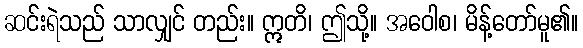
ဆင်းရဲသည် သာလျှင် တည်း။ ဣတိ၊ ဤသို့။ အဝေါစ၊ မိန့်တော်မူ၏။